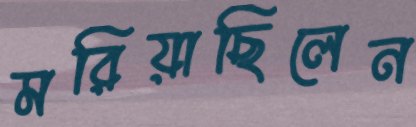
মরিয়াছিলেন